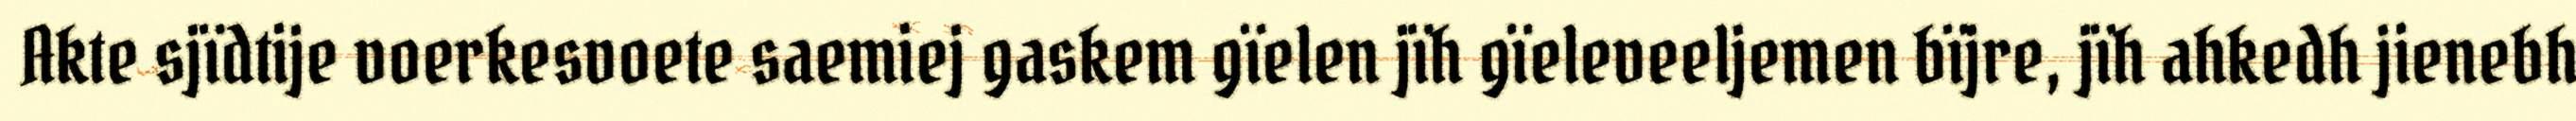
Akte sjïdtije voerkesvoete saemiej gaskem gïelen jïh gïeleveeljemen bïjre, jïh ahkedh jienebh